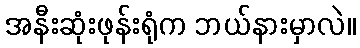
အနီးဆုံးဖုန်းရုံက ဘယ်နားမှာလဲ။